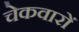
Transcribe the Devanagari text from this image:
चेकवारों